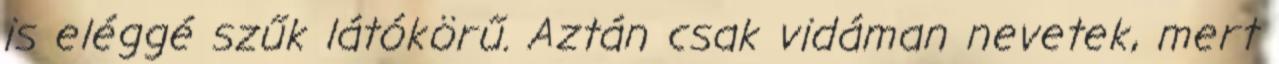
is eléggé szűk látókörű. Aztán csak vidáman nevetek, mert